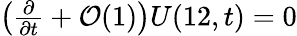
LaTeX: \begin{array}{r}{\left(\frac{\partial}{\partial t}+\mathcal{O}(1)\right)U(12,t)=0}\end{array}